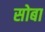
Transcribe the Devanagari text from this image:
सोबा